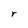
Character: r